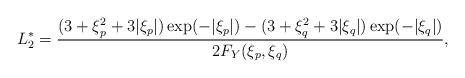
LaTeX: \begin{align*} L_{2}^{\ast}&=\frac{(3+\xi_{p}^{2}+3|\xi_{p}|)\exp(-|\xi_{p}|)-(3+\xi_{q}^{2}+3|\xi_{q}|)\exp(-|\xi_{q}|)}{2F_{Y}(\xi_{p},\xi_{q})},\end{align*}